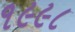
૧૯૯૮